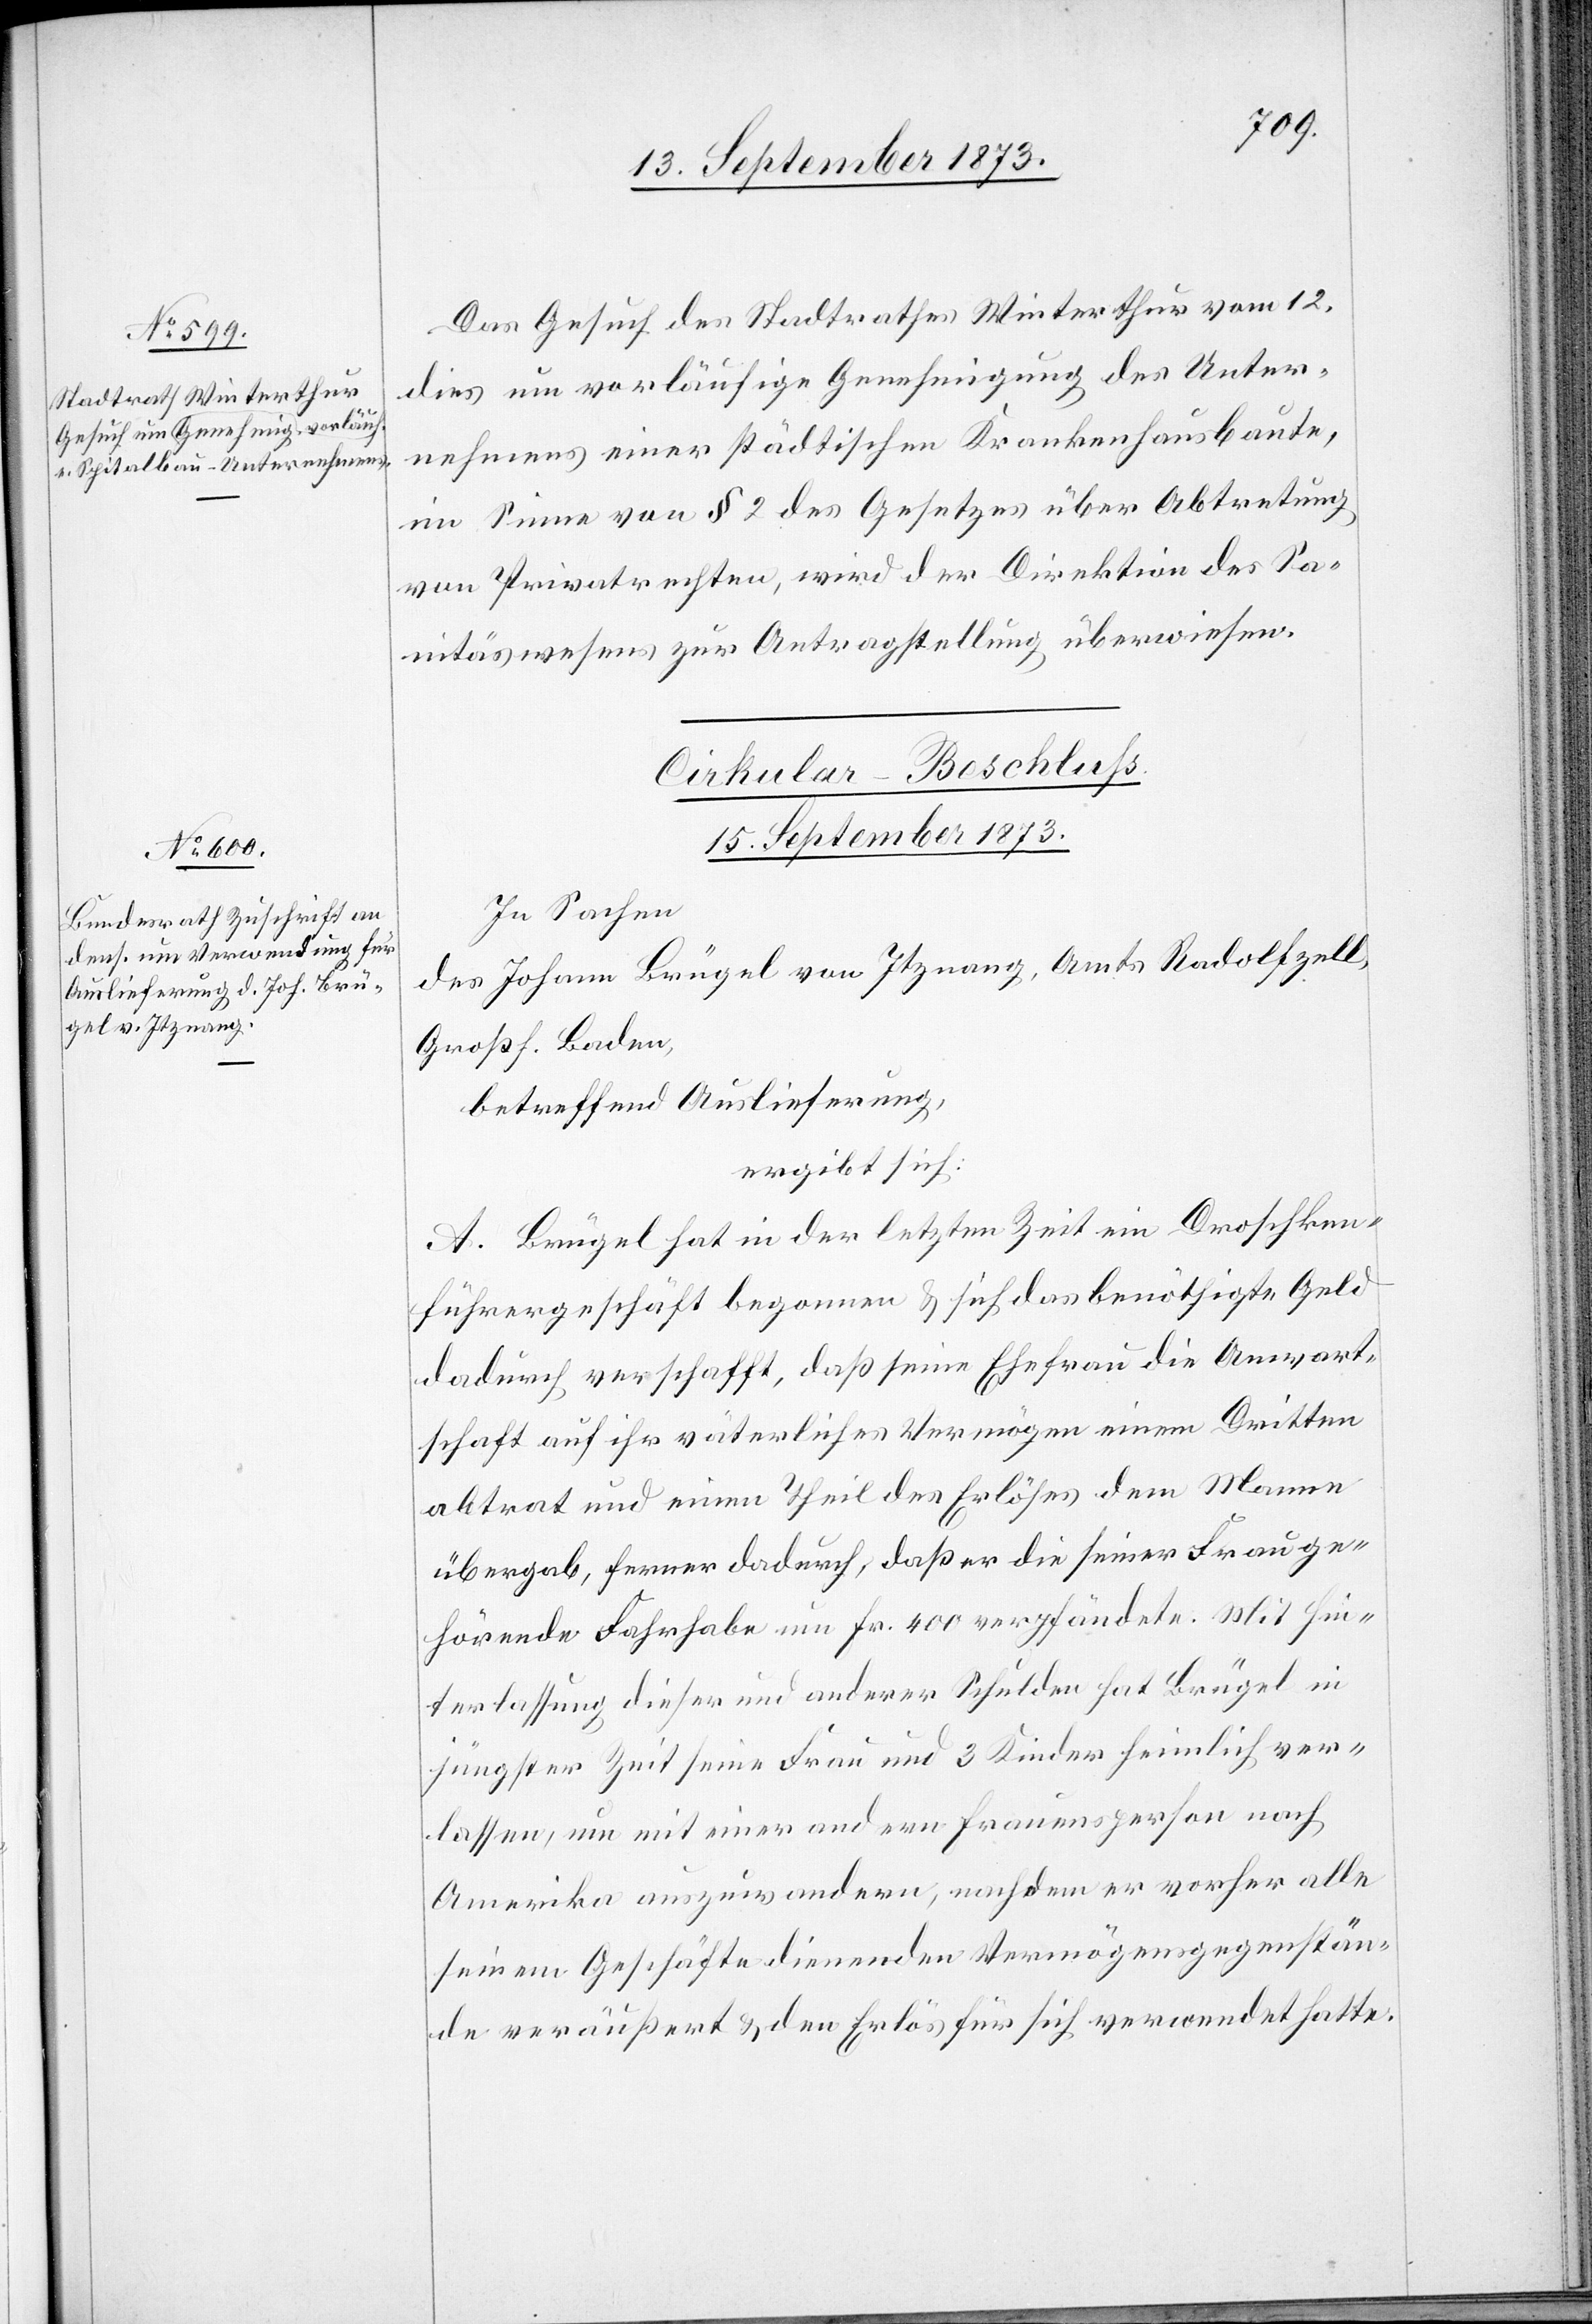
Das Gesuch des Stadtrathes Winterthur vom 12.
dies um vorläufige Genehmigung des Unter¬
nehmens einer städtischen Krankenhausbaute,
im Sinne von § 2 des Gesetzes über Abtretung
von Privatrechten, wird der Direktion des Sa¬
nitä[t]swesens zur Antragstellung überwiesen.
Cirkular-Beschluss.
15. September 1873.
In Sachen
des Johann Brügel von Itznang, Amts Radolfzell,
Großh. Baden,
betreffend Auslieferung,
ergibt sich:
A. Brügel hat in der letzten Zeit ein Droschken¬
führergeschäft begonnen & sich das benöthigte Geld
dadurch verschafft, daß seine Ehefrau die Anwart¬
schaft auf ihr väterliches Vermögen einem Dritten
abtrat und einen Theil des Erlöses dem Manne
übergab, ferner dadurch, daß er die seiner Frau ge¬
hörende Fahrhabe um Fr. 400 verpfändete. Mit Hin¬
terlassung dieser und anderer Schulden hat Brügel in
jüngster Zeit seine Frau und 3 Kinder heimlich ver¬
lassen, um mit einer andern Frauensperson nach
Amerika auszuwandern, nachdem er vorher alle
seinem Geschäfte dienenden Vermögensgegenstän¬
de veräußert & den Erlös für sich verwendet hatte.